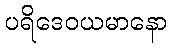
ပရိဒေဝယမာနော